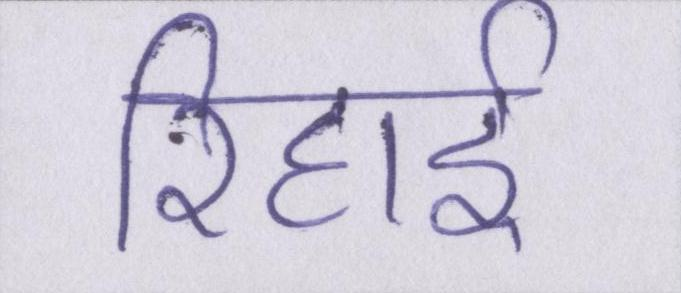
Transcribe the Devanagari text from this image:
रिहाई